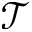
\mathcal { T }